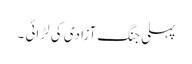
پہلی جنگ آزادی کی لڑائی ۔